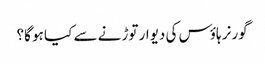
گورنر ہاؤس کی دیوار توڑنے سے کیا ہو گا؟